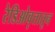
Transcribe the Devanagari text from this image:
रेडिओवृत्तातून